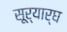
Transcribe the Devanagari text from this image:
सूर्यार्घ